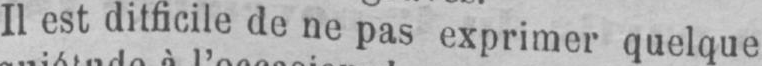
de ne pas exprimer quelque